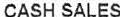
CASH SALES